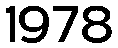
1978